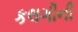
કલગીની